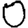
Digit: 0